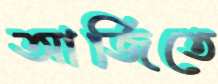
আর্জিতে